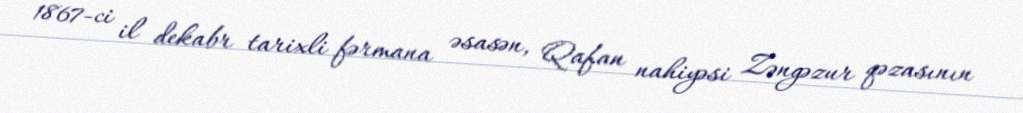
1867-ci il dekabr tarixli fərmana əsasən, Qafan nahiyəsi Zəngəzur qəzasının